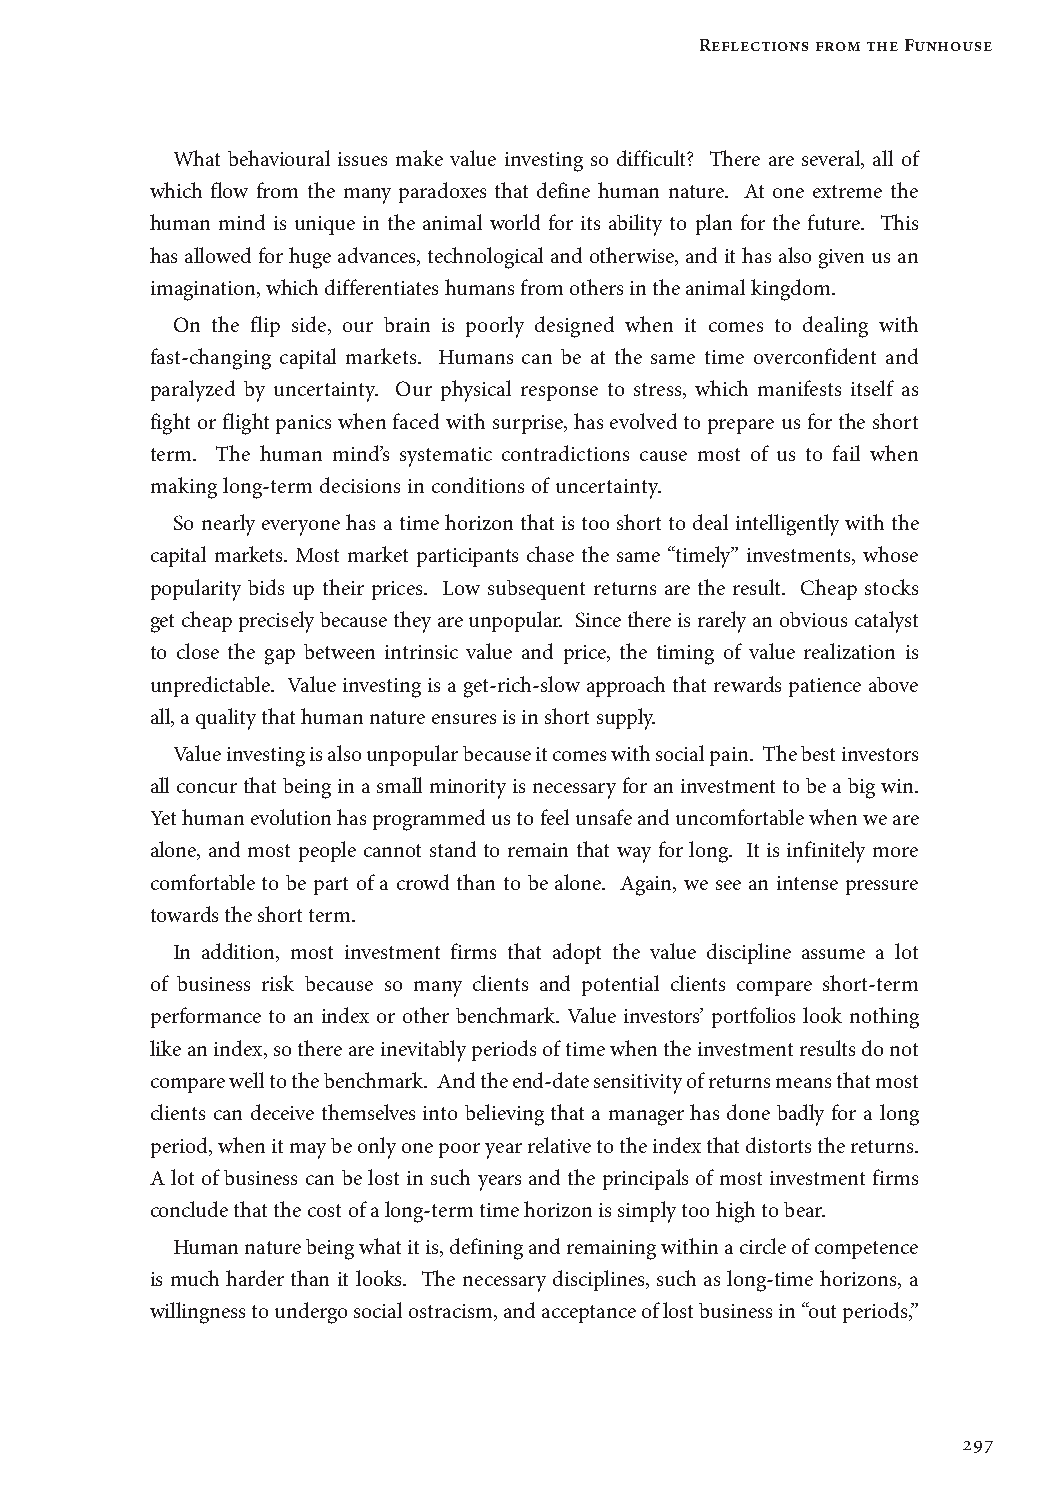
Reflections from the Funhouse
 What behavioural issues make value investing so difficult? There are several, all of
 which flow from the many paradoxes that define human nature. At one extreme the
 human mind is unique in the animal world for its ability to plan for the future. This
 has allowed for huge advances, technological and otherwise, and it has also given us an
 imagination, which differentiates humans from others in the animal kingdom.
 On the flip side, our brain is poorly designed when it comes to dealing with
 fast-changing capital markets. Humans can be at the same time overconfident and
 paralyzed by uncertainty. Our physical response to stress, which manifests itself as
 fight or flight panics when faced with surprise, has evolved to prepare us for the short
 term. The human mind’s systematic contradictions cause most of us to fail when
 making long-term decisions in conditions of uncertainty.
 So nearly everyone has a time horizon that is too short to deal intelligently with the
 capital markets. Most market participants chase the same “timely” investments, whose
 popularity bids up their prices. Low subsequent returns are the result. Cheap stocks
 get cheap precisely because they are unpopular. Since there is rarely an obvious catalyst
 to close the gap between intrinsic value and price, the timing of value realization is
 unpredictable. Value investing is a get-rich-slow approach that rewards patience above
 all, a quality that human nature ensures is in short supply.
 Value investing is also unpopular because it comes with social pain. The best investors
 all concur that being in a small minority is necessary for an investment to be a big win.
 Yet human evolution has programmed us to feel unsafe and uncomfortable when we are
 alone, and most people cannot stand to remain that way for long. It is infinitely more
 comfortable to be part of a crowd than to be alone. Again, we see an intense pressure
 towards the short term.
 In addition, most investment firms that adopt the value discipline assume a lot
 of business risk because so many clients and potential clients compare short-term
 performance to an index or other benchmark. Value investors’ portfolios look nothing
 like an index, so there are inevitably periods of time when the investment results do not
 compare well to the benchmark. And the end-date sensitivity of returns means that most
 clients can deceive themselves into believing that a manager has done badly for a long
 period, when it may be only one poor year relative to the index that distorts the returns.
 A lot of business can be lost in such years and the principals of most investment firms
 conclude that the cost of a long-term time horizon is simply too high to bear.
 Human nature being what it is, defining and remaining within a circle of competence
 is much harder than it looks. The necessary disciplines, such as long-time horizons, a
 willingness to undergo social ostracism, and acceptance of lost business in “out periods,”
 297